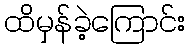
ထိမှန်ခဲ့ကြောင်း